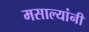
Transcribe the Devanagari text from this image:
मसाल्यांनी